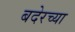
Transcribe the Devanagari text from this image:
बदेरच्या